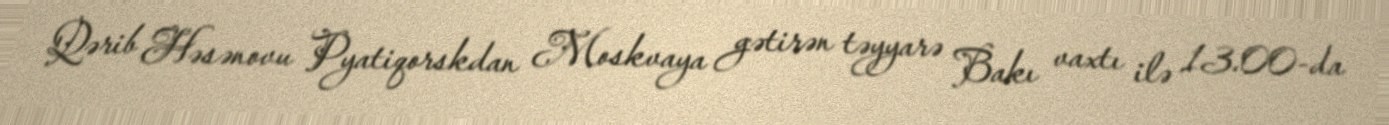
Qərib Həsənovu Pyatiqorskdan Moskvaya gətirən təyyarə Bakı vaxtı ilə 13.00-da